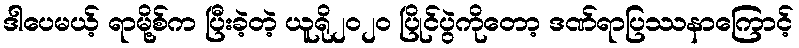
ဒါပေမယ့် ရာမို့စ်က ပြီးခဲ့တဲ့ ယူရို၂၀၂၀ ပြိုင်ပွဲကိုတော့ ဒဏ်ရာပြဿနာကြောင့်